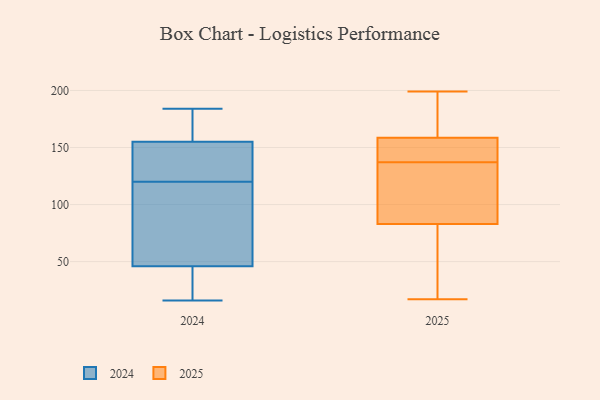
{"axis": {"x": "Production Output", "y": "Value"}, "legend": ["2024", "2025"], "data": [{"x": "", "y": 115, "type": "2024"}, {"x": "", "y": 79, "type": "2024"}, {"x": "", "y": 184, "type": "2024"}, {"x": "", "y": 155, "type": "2024"}, {"x": "", "y": 46, "type": "2024"}, {"x": "", "y": 163, "type": "2024"}, {"x": "", "y": 34, "type": "2024"}, {"x": "", "y": 139, "type": "2024"}, {"x": "", "y": 125, "type": "2024"}, {"x": "", "y": 16, "type": "2024"}, {"x": "", "y": 197, "type": "2025"}, {"x": "", "y": 199, "type": "2025"}, {"x": "", "y": 137, "type": "2025"}, {"x": "", "y": 139, "type": "2025"}, {"x": "", "y": 157, "type": "2025"}, {"x": "", "y": 33, "type": "2025"}, {"x": "", "y": 163, "type": "2025"}, {"x": "", "y": 87, "type": "2025"}, {"x": "", "y": 100, "type": "2025"}, {"x": "", "y": 110, "type": "2025"}, {"x": "", "y": 17, "type": "2025"}, {"x": "", "y": 71, "type": "2025"}, {"x": "", "y": 151, "type": "2025"}]}